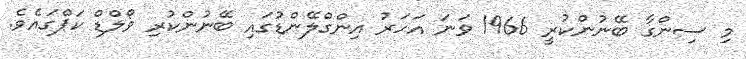
މި ސިންގާ ބޭނުންކުރީ 1966 ވަނަ އަހަރު އިންގްލޭންޑުގައި ބޭނުންކުރި ވޯލްޑް ކަޕްގައެވެ.